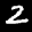
Label: 2